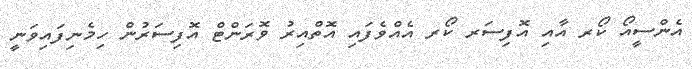
އެންސީއޯ ކޯރ އާއި އޮފިސަރ ކޯރ އެއްވެފައި އޮތްއިރު ވޮރަންޓް އޮފިސަރުން ހިމެނިފައިވަނީ